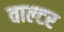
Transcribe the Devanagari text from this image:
वाल्‍टर